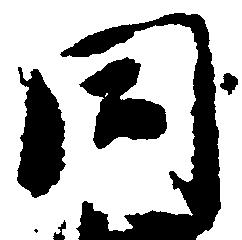
同